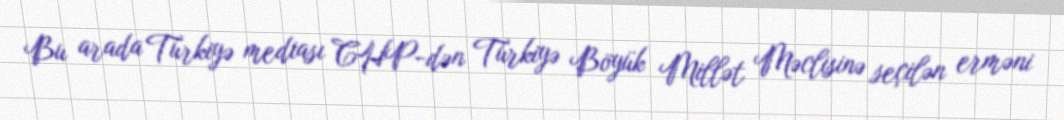
Bu arada Türkiyə mediası CHP-dən Türkiyə Böyük Millət Məclisinə seçilən erməni